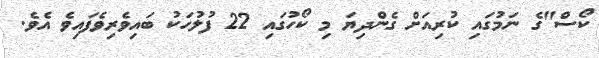
ކޯސް"ގެ ނަމުގައި ކުރިއަށް ގެންދިޔަ މި ކޯހުގައި 22 ފުލުހަކު ބައިވެރިވެފައިވެ އެވެ.